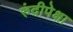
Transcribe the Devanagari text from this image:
रुंदीपेक्षा